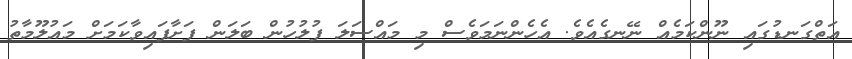
އަތްގަނޑުގައި ނޫންކަމެއް ނޭނގެއެވެ. އެހެންނަމަވެސް މި މައްސަލަ ފުލުހުން ބަލަން ފަށާފައިވާކަމަށް މައުލޫމާތު